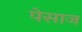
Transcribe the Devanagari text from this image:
पेसाज